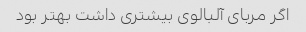
اگر مربای آلبالوی بیشتری داشت بهتر بود